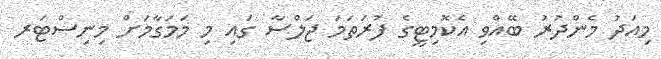
މިއަދު މެންދުރު ބޭއްވި އެކޮމިޓީގެ ފުރަތަމަ ޖަލްސާ ގައި މި މަމަގާމަށް މިނިސްޓަރ